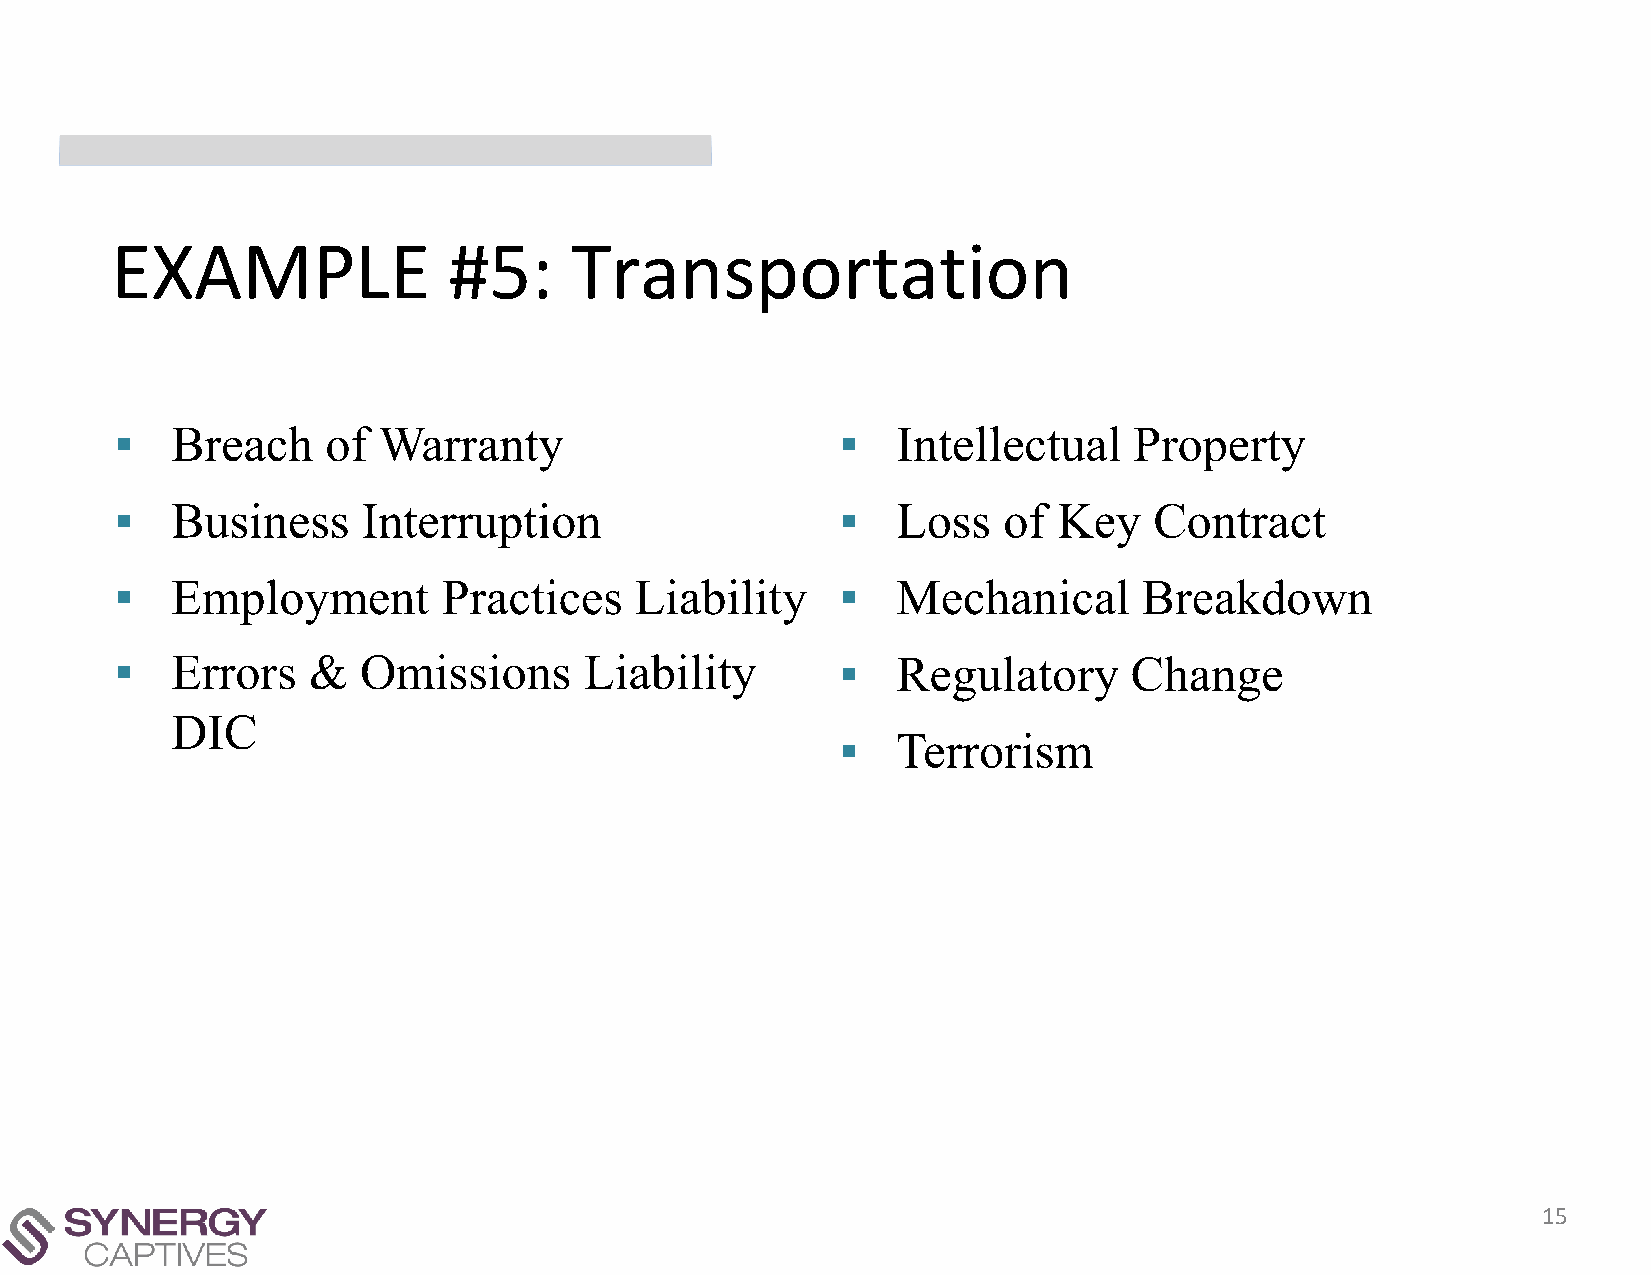
EXAMPLE                #5:     Transportation
 ▪  Breach     of Warranty                       ▪  Intellectual    Property
 ▪  Business     Interruption                    ▪  Loss   of  Key   Contract
 ▪  Employment        Practices    Liability     ▪  Mechanical       Breakdown
 ▪  Errors   &   Omissions      Liability        ▪  Regulatory      Change
 DIC
 ▪  Terrorism
 15